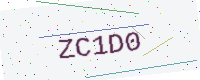
Text: ZC1D0